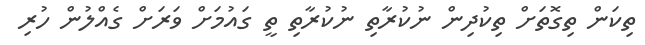
ތިކަން ތިގޮތަށް ތިކުދިން ނުކުރާތި ނުކުރާތި ތީ ގައުމަށް ވަރަށް ގެއްލުން ހުރި